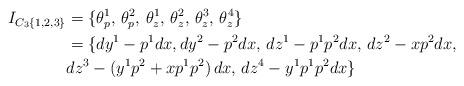
LaTeX: \begin{align*}I_{C_3\{1,2, 3\}} &= \{\theta^1_p,\, \theta^2_p, \, \theta^1_z,\, \theta^2_z, \, \theta^3_z, \, \theta^4_z \}\\&= \{ dy^1 - p^1dx, dy^2 - p^2dx,\, dz^1 - p^1 p^2 dx,\, dz^2 - xp^2 dx, \, \\&dz^3 - (y^1p^2 + xp^1p^2)\, dx, \,dz^4 - y^1p^1p^2 dx \}\end{align*}